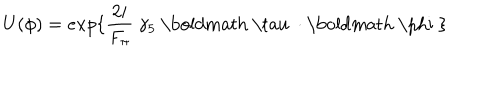
U ( \phi ) = e x p \{ \frac { 2 i } { F _ { \pi } } ~ \gamma _ { 5 } ~ \mathrm { \boldmath ~ \ t a u ~ } \cdot \mathrm { \boldmath ~ \ p h i ~ } \}